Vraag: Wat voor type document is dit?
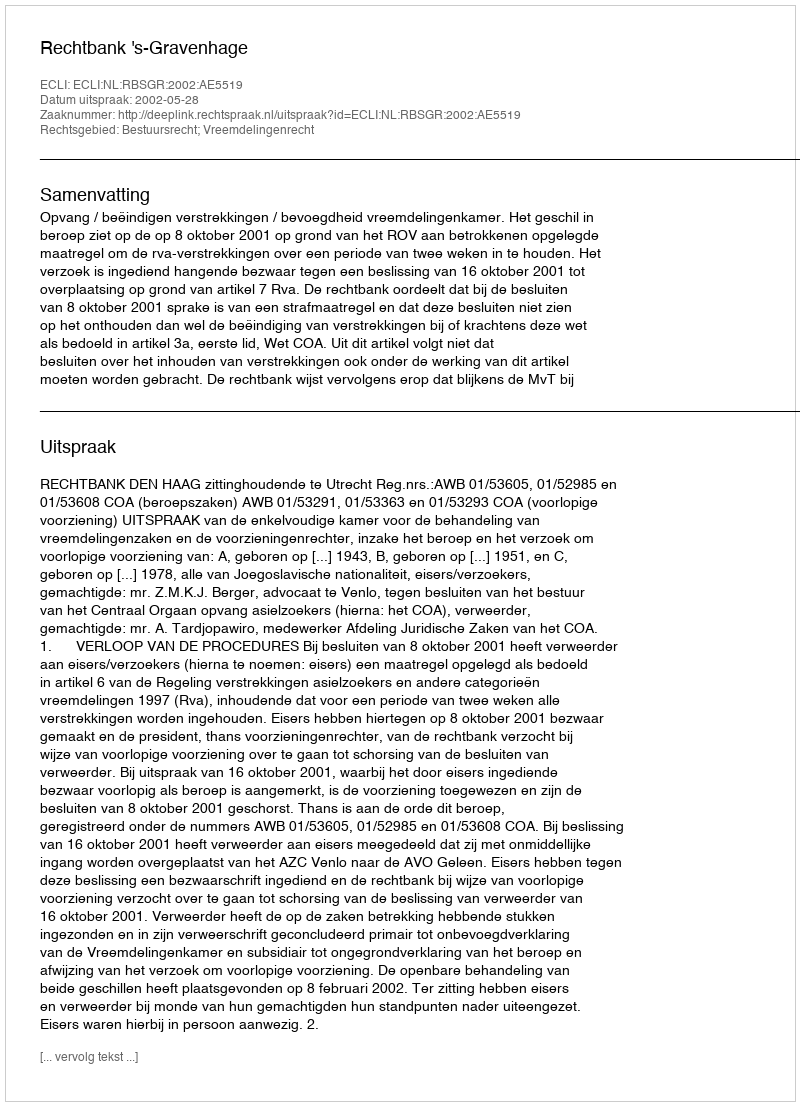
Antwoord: Uitspraak